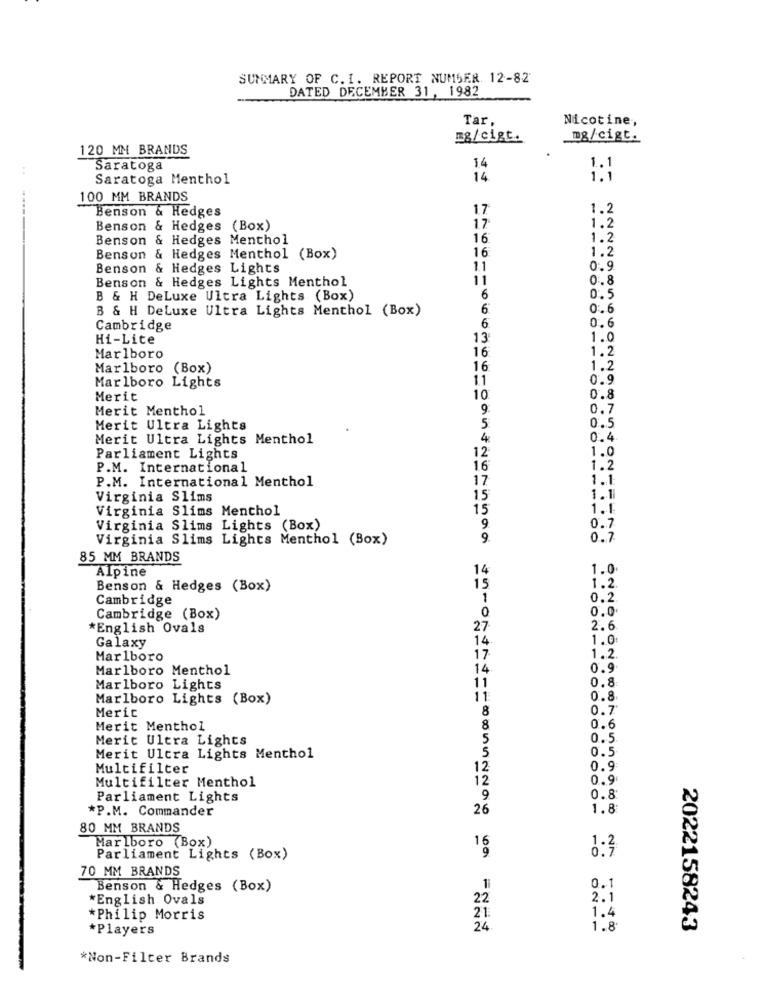
SUMMARY OF C. I. REPORT NUMSER 12-82
DATED DECEMBER 31, 1982
Tar,
Nicotine,
mg/cigt.
mg/cigt.
120 MM BRANDS
Saratoga
14
Saratoga Menthol
14
100 MM BRANDS
Benson & Hedges
17
1.2
Benson & Hedges (Box)
17
1.2
Benson & Hedges Menthol
16
1.2
1.2
Benson & Hedges Menthol (Box)
16
Benson & Hedges Lights
1.1
0.9
Benson & Hedges Lights Menthol
11
0.8
B & H DeLuxe Ultra Lights (Box)
6
0.5
B & H DeLuxe Ultra Lights Menthol (Box)
6
0 :. 6
Cambridge
6
0. 6
Hi-Lite
13
1.0
16
Marlboro
1.2
Marlboro (Box)
16
1.2
Marlboro Lights
11
0.9
Merit
10
0.8
Merit Menthol
9.
0.7
0.5
Merit Ultra Lights
5
Merit Ultra Lights Menthol
4
0.4
Parliament Lights
12
1.0
P.M. International
16
1.2
P.M. International Menthol
17
1.1
Virginia Slims
15
1.1
Virginia Slims Menthol
15
1.1
Virginia Slims Lights (Box)
9
0.7
Virginia Slims Lights Menthol (Box)
9.
0.7
85 MM BRANDS
Alpine
14
1.0
Benson & Hedges (Box)
15
1.2.
Cambridge
1
0.2
0.0
Cambridge (Box)
0
*English Ovals
27
2.6
Galaxy
14.
1.0
Marlboro
17
1.2
Marlboro Menthol
14
0.9
0.8
Marlboro Lights
11
Marlboro Lights (Box)
11
0.8
Merit
8
0.7
Merit Menthol
8
0.6
Merit Ultra Lights
5
0.5
5
0.5
Merit Ultra Lights Menthol
Multifilter
12
0.9
Multifilter Menthol
12
0.9
Parliament Lights
9
0.8
*P.M. Commander
26
1.8
80 MM BRANDS
Marlboro (Box)
16
Parliament Lights (Box)
9
0:3
70 MM BRANDS
Benson & Hedges (Box)
0.1
*English Ovals
22
2.1
21.
*Philip Morris
1.4
*Players
24.
1.8
2022158243
*Non-Filter Brands